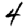
Digit: 4